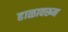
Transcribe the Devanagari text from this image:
हाळावरून